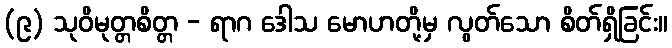
(၉) သုဝိမုတ္တစိတ္တ - ရာဂ ဒေါသ မောဟတို့မှ လွတ်သော စိတ်ရှိခြင်း။